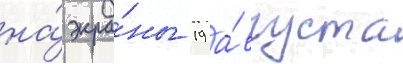
на́ экра́ны 19 а́вгуста